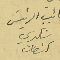
نائِب الرئيسَ شكري كنعان